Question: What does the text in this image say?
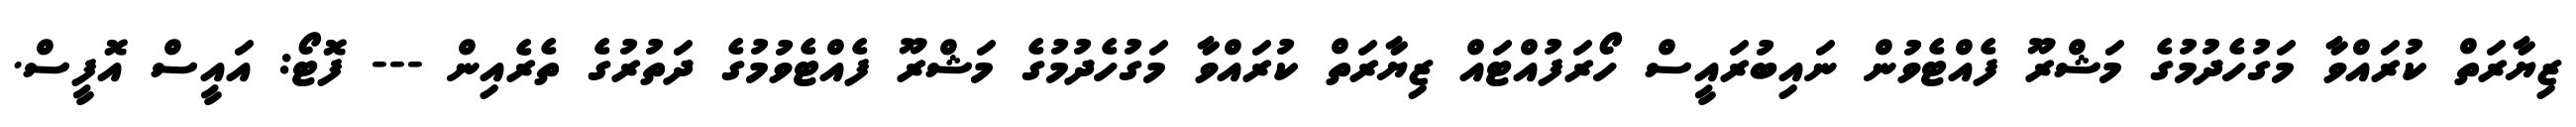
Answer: ޒިޔާރަތް ކުރައްވާ މަގުހެދުމުގެ މަޝްރޫ ފެއްޓެވުން ނައިބުރައީސް ހޯރަފުއްޓައް ޒިޔާރަތް ކުރައްވާ މަގުހެދުމުގެ މަޝްރޫ ފެއްޓެވުމުގެ ދަތުރުގެ ތެރެއިން --- ފޮޓޯ: އައީސް އޮފީސް.